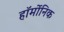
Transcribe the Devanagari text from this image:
हॉर्मोनिक